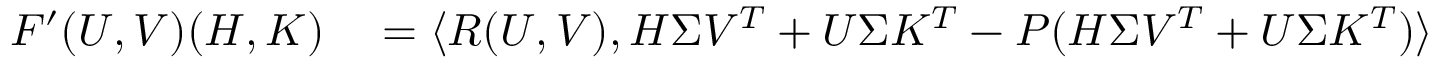
\begin{array} { r l } { F ^ { \prime } ( U , V ) ( H , K ) } & { { } = \langle R ( U , V ) , H \Sigma V ^ { T } + U \Sigma K ^ { T } - P ( H \Sigma V ^ { T } + U \Sigma K ^ { T } ) \rangle } \end{array}